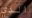
الذي